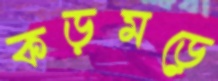
কড়মড়ে